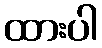
ထားပါ